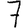
Digit: 7